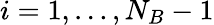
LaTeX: i=1,\dots,N_{B}-1